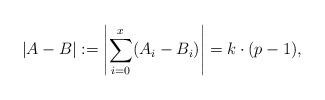
LaTeX: \begin{align*}|A - B| := \left| \sum_{i=0}^x (A_i - B_i) \right| = k \cdot (p-1),\end{align*}